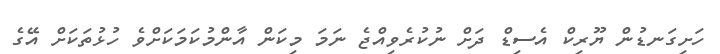
ހަށިގަނޑުން ޔޫރިކް އެސިޑް ދަށް ނުކުރެވިއްޖެ ނަމަ މިކަން އާންމުކަމަކަށްވެ ހުޅުތަކަށް އޭގެ